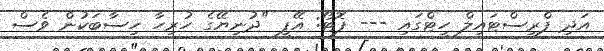
އަދި ފްރީސްޓައިލް ހީޓްގައި --- ފޮޓޯ: އޭޕީ "ދުނިޔޭގެ ހުރިހާ ހިސާބަކުން ވެސް